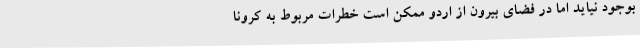
بوجود نیاید اما در فضای بیرون از اردو ممکن است خطرات مربوط به کرونا